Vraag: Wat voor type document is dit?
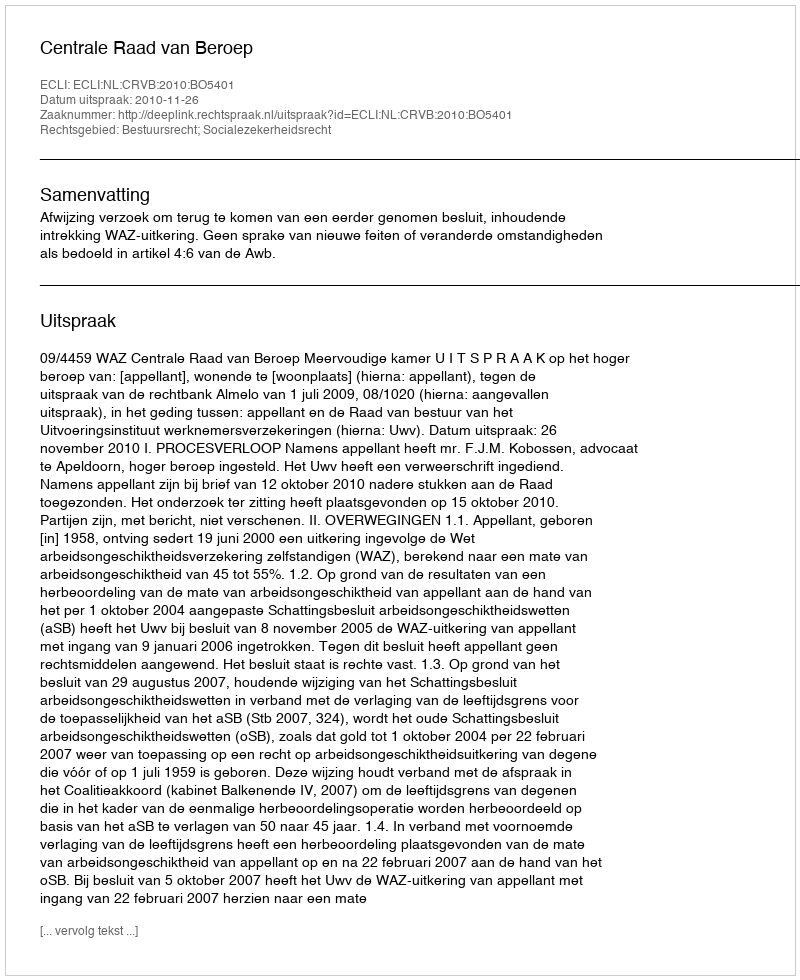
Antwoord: Uitspraak